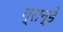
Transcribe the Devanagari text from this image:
ग्रान्डे